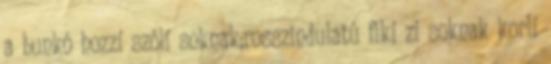
a bunkó hozzí szólí soknak;rosszindulatú fikí zí soknak korlí